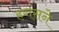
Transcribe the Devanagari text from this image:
हगंसने